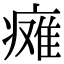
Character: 瘫